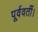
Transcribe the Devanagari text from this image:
पूर्ववर्ती।